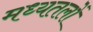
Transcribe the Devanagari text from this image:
मध्यतलों